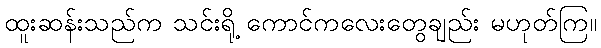
ထူးဆန်းသည်က သင်းရို့ ကောင်ကလေးတွေချည်း မဟုတ်ကြ။